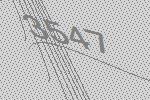
3547